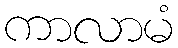
ကာလာမံ